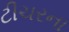
ટીચરના